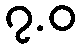
၇.ဝ